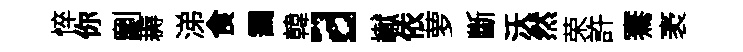
悴你劘耨涕食靄韓a𪩘依萝斷沃然荣許騫袤